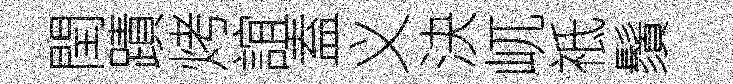
閏蹟烤誼盍义決屼祗鬚